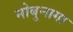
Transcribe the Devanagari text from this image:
नोबुनागा